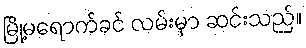
မြို့မရောက်ခင် လမ်းမှာ ဆင်းသည်။